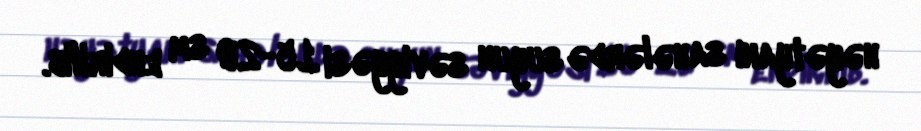
həyətyanı sahələrdə suyun səviyyəsi 15-20 sm endirilib.